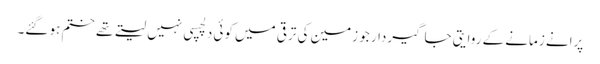
پرانے زمانے کے روایتی جاگیردار جو زمین کی ترقی میں کوئی دلچسپی نہیں لیتے تھے ختم ہو گئے۔